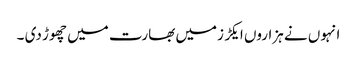
انہوں نے ہزاروں ایکڑ زمیں بھارت میں چھوڑ دی ۔